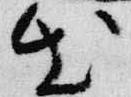
出